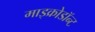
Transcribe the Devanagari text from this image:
माइक्रोडॉन्ट